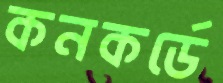
কনকর্ডে